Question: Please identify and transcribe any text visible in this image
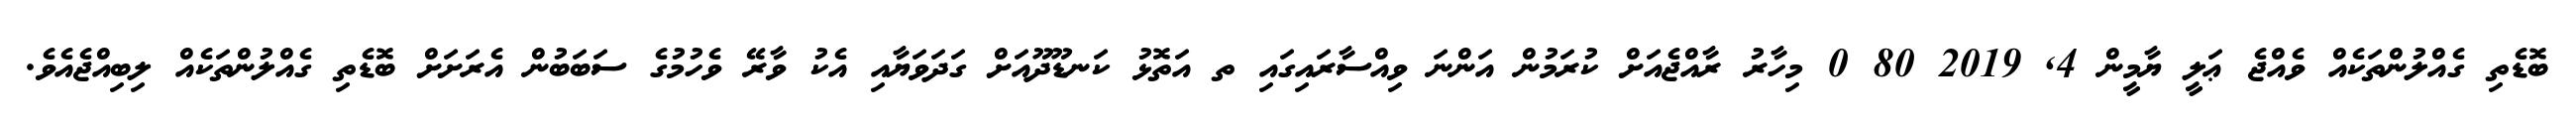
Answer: ބޮޑެތި ގެއްލުންތަކެއް ވެއްޖެ ޢަލީ ޔާމީން 4, 2019 80 0 މިހާރު ރާއްޖެއަށް ކުރަމުން އަންނަ ވިއްސާރައިގައި ތ އަތޮޅު ކަނޑޫދޫއަށް ގަދަވަޔާއި އެކު ވާރޭ ވެހުމުގެ ސަބަބުން އެރަށަށް ބޮޑެތި ގެއްލުންތަކެއް ލިބިއްޖެއެވެ.